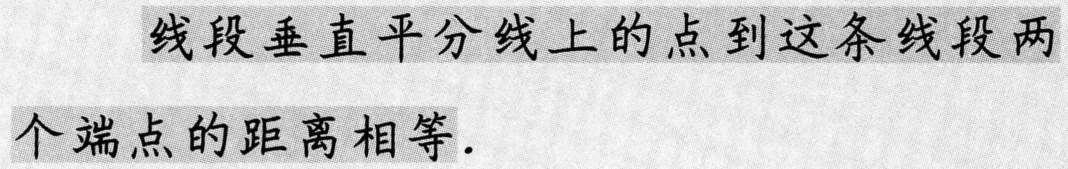
线段垂直平分线上的点到这条线段两个端点的距离相等.